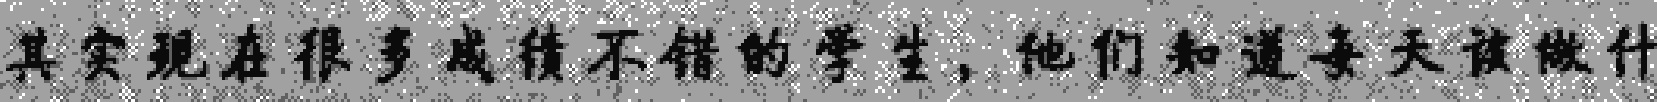
其实现在很多成绩不错的学生，他们知道每天该做什